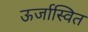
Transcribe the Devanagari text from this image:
ऊर्जास्वित